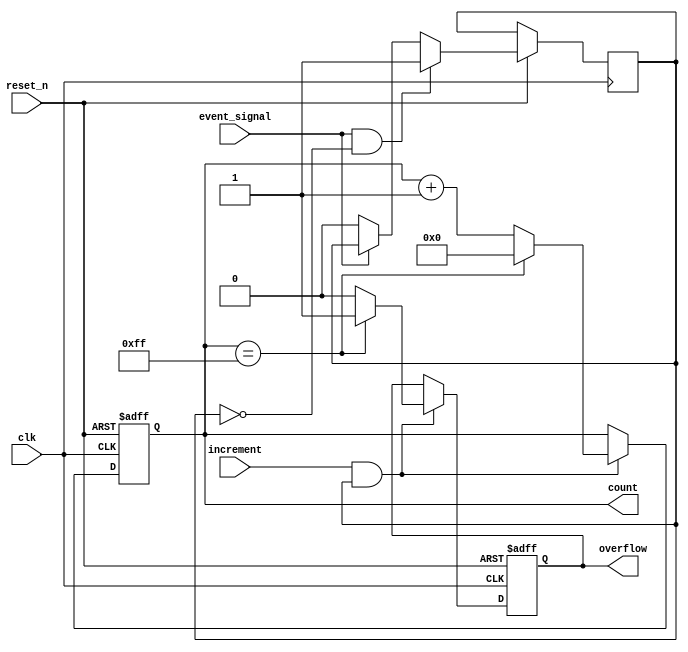
module EventCounter #(
    parameter COUNT_WIDTH = 8  // Parameter to define the width of the count
)(
    input wire clk,              // Clock signal
    input wire reset_n,          // Active low asynchronous reset signal
    input wire increment,        // Control signal to increment the count
    input wire event_signal,     // Event signal to trigger increment on rising edge
    output reg [COUNT_WIDTH-1:0] count, // Current count value
    output reg overflow          // Overflow indicator
);

    // Internal signal to detect rising edge of the event_signal
    reg event_detected;

    // Asynchronous reset
    always @(posedge clk or negedge reset_n) begin
        if (!reset_n) begin
            count <= 0;           // Reset count to zero
            overflow <= 0;        // Clear overflow flag
        end else begin
            // Check for event signal rising edge
            if (event_signal && !event_detected) begin
                event_detected <= 1; // Set event detected flag
            end else if (!event_signal) begin
                event_detected <= 0; // Clear event detected flag
            end
            
            // Increment logic
            if (increment && event_detected) begin
                if (count == {COUNT_WIDTH{1'b1}}) begin
                    overflow <= 1;    // Set overflow flag if maximum count is reached
                    count <= 0;       // Wrap around to zero
                end else begin
                    count <= count + 1; // Increment count
                    overflow <= 0;       // Clear overflow flag
                end
            end
        end
    end

    // Output current count value
    always @(posedge clk) begin
        // The count value is already updated in the previous always block
        // This block can be used for additional output logic if needed
    end

endmodule